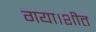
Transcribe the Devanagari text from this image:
गया।शीत